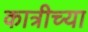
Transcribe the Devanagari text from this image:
कात्रीच्या